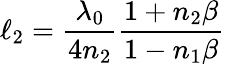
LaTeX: \ell_{2}=\frac{\lambda_{0}}{4n_{2}}\frac{1+n_{2}\beta}{1-n_{1}\beta}